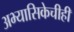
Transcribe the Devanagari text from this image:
अभ्यासिकेचीही